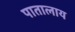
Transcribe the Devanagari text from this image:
पातालाय